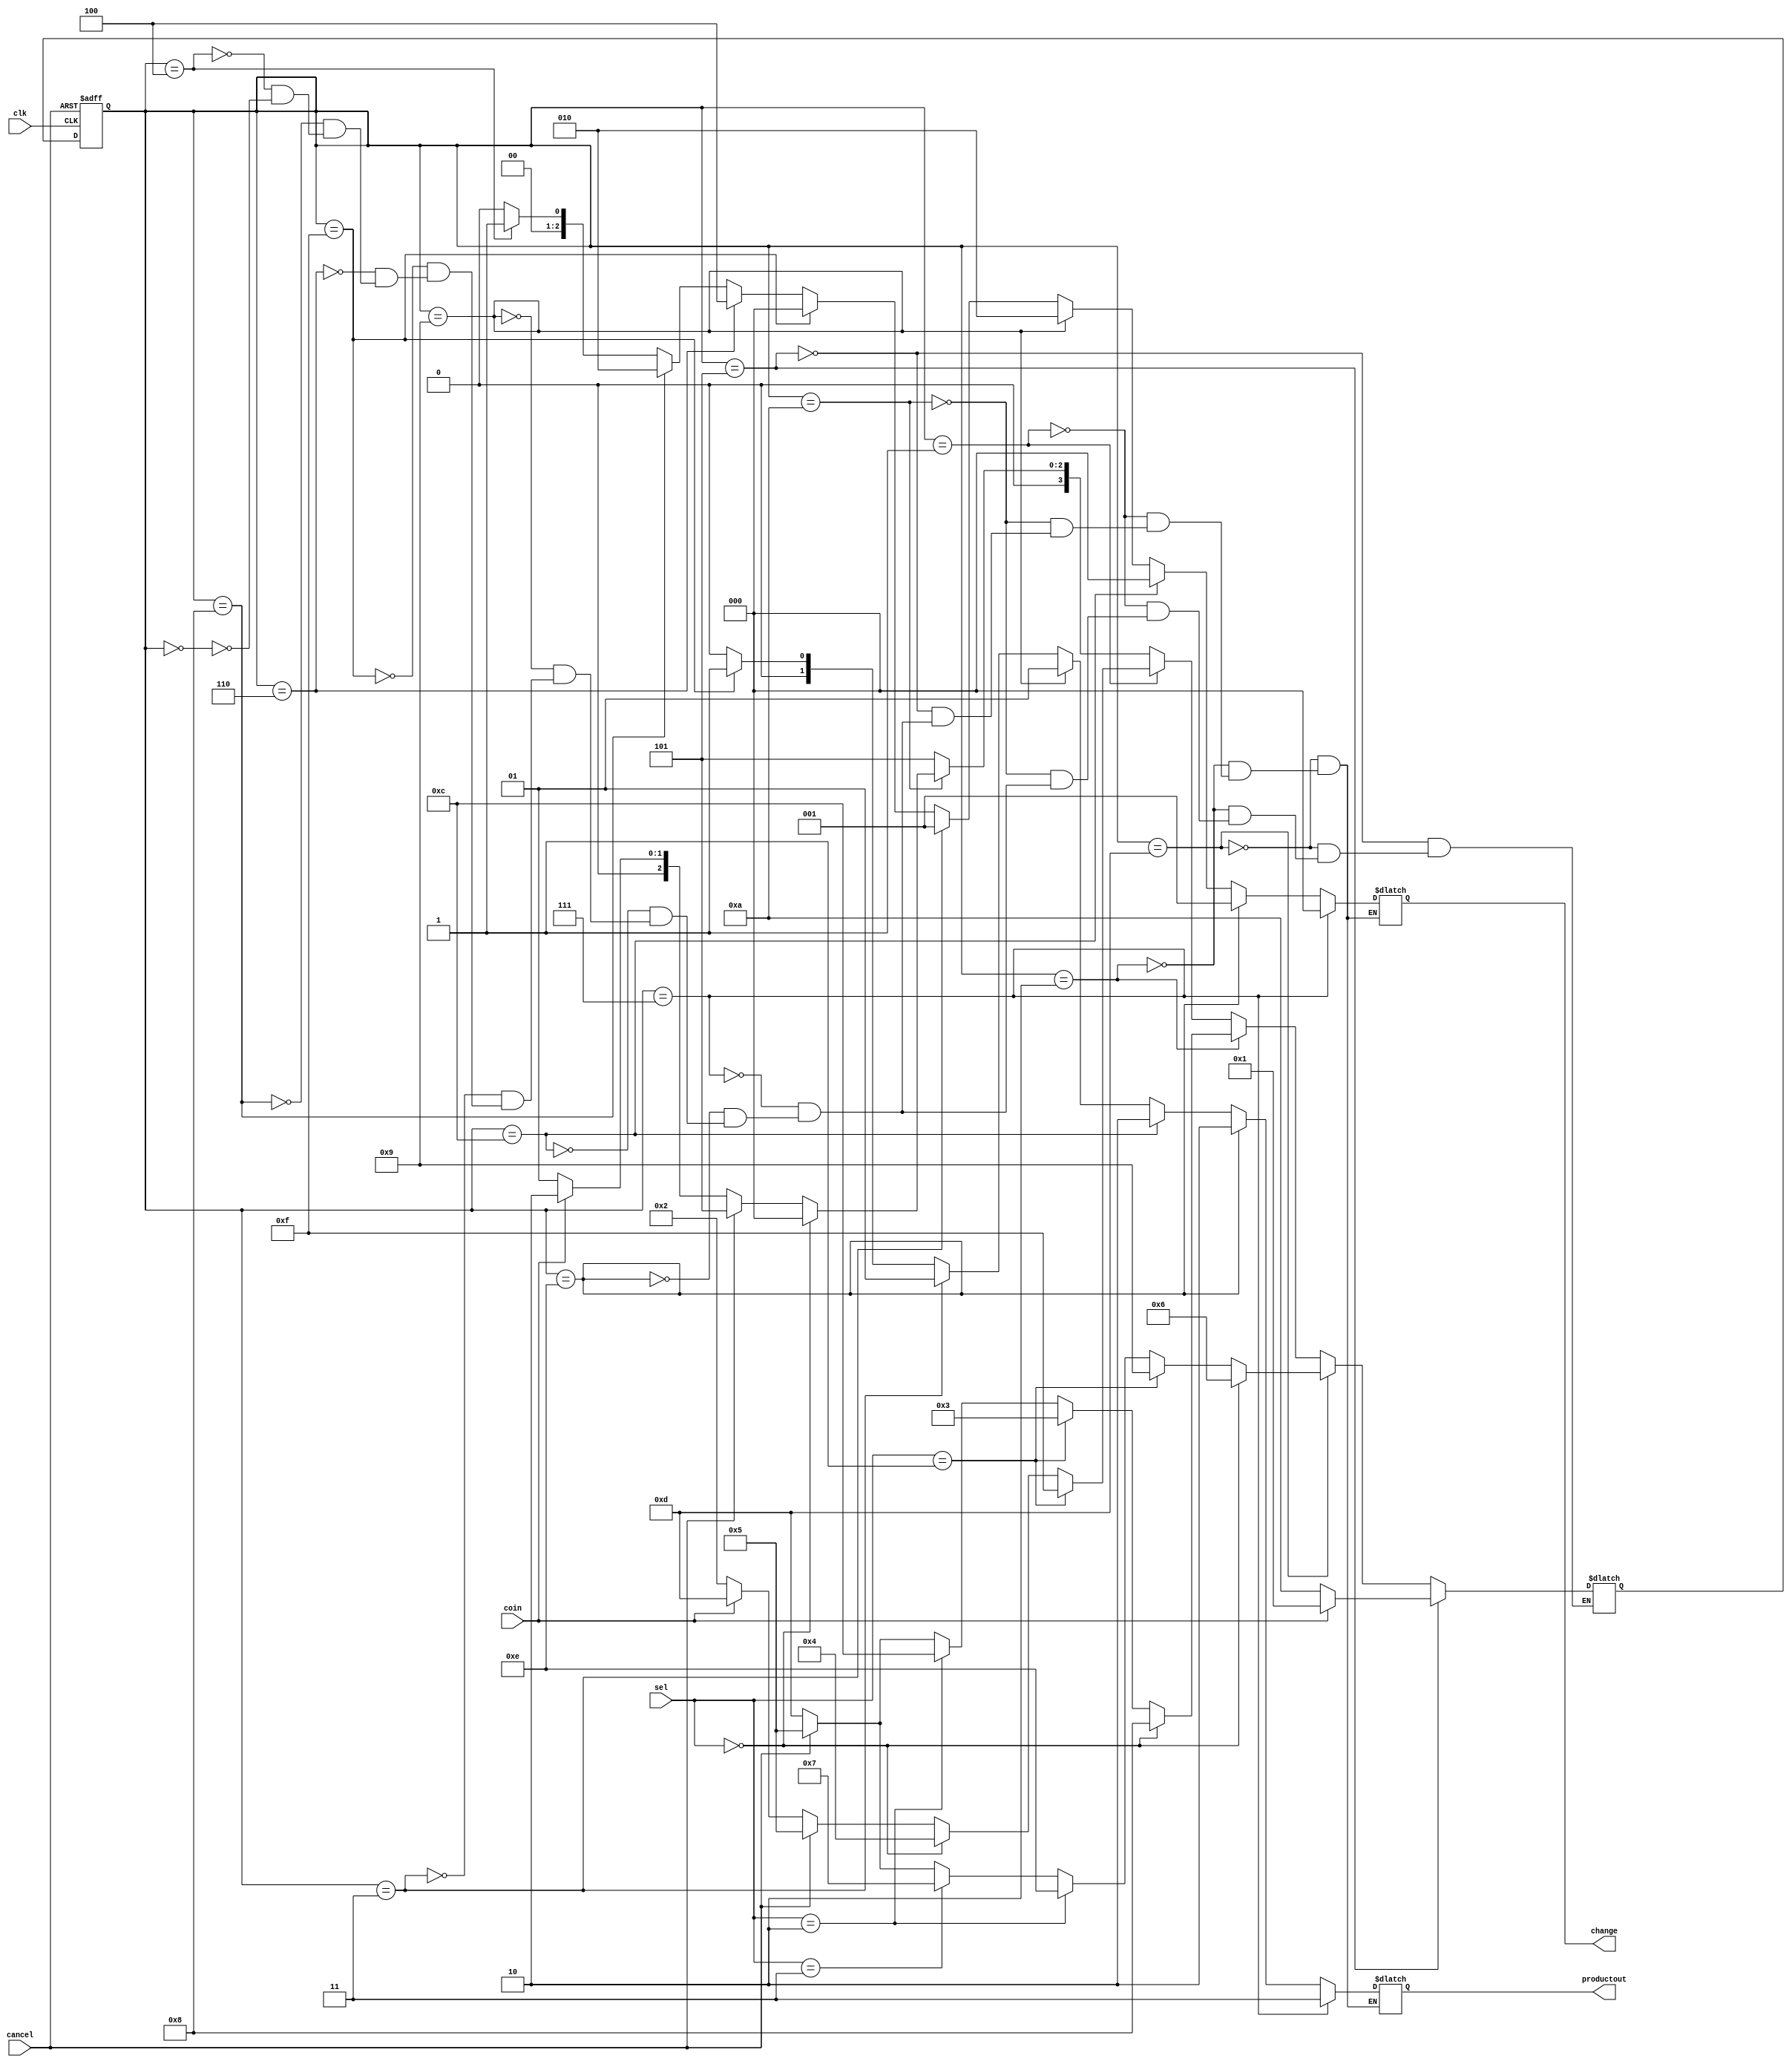
module machine(cancel,sel,productout,change,coin,clk);
input clk,cancel,coin;
input [1:0]sel;
output reg[1:0] productout;
output reg[2:0] change;

parameter change1=3'b001, change2=3'b010, change3=3'b100, nochange=3'b000;
parameter productA=2'b00, productB=2'b01, productC=2'b10, productD=2'b11;
parameter coin5=1'b0, coin10=1'b1;
parameter five=4'b1010, ten=4'b0001, fifteen=4'b0010, twenty=4'b1101;
parameter product1A=4'b0000, product1B=4'b0100, product1C=4'b1000, product1D=4'b0110,
          product2A=4'b1111, product2B=4'b0011, product2C=4'b1001, product3A=4'b1100,
          product3B=4'b1110, product4A=4'b0111, idle=4'b0101;

reg[3:0] state,next_state;

always @(posedge clk or posedge cancel)
begin
    if (cancel==1'b1)
    state<=idle;
    else
    state<=next_state;
end

//next_statelogic

always @(*)
begin
    if (state==product1A) next_state=idle;
    if (state==product1B) next_state=idle;
    if (state==product1C) next_state=idle;
    if (state==product1D) next_state=idle;
    
    if (state==product2A) next_state=idle;
    if (state==product2B) next_state=idle;
    if (state==product2C) next_state=idle;
    
    if (state==product3A) next_state=idle;
    if (state==product3B) next_state=idle;
    
    if (state==product4A) next_state=idle;
    

    if (state==five)
        begin
            if (sel==2'b00)  next_state=product1A;
            else if (cancel==1'b1) next_state=idle; 
            else if (coin==coin10) next_state=fifteen;
            else if (coin==coin5) next_state=ten; 
            else if (((coin==coin5) || (coin==coin10)) && (sel==00)) next_state=product1A;
            else next_state=five;
        end

     if (state==ten)
        begin
            if (sel==2'b01) next_state=product2A;
            else if (sel==2'b00) next_state=product1B;
            else if (cancel==1'b1) next_state=idle; 
            else if (coin==coin10) next_state=twenty;
            else if (coin==coin5) next_state=fifteen;
            else if (((coin==coin5) || (coin==coin10)) && (sel==00)) next_state=product1B;
            else if (((coin==coin5) || (coin==coin10)) && (sel==01)) next_state=product2A; 
            else next_state=ten;
        end

      if (state==fifteen)
        begin
            if (sel==2'b00) next_state=product1C;
            else if (sel==2'b01) next_state=product2B;
            else if (sel==2'b10) next_state=product3A;
            else if (cancel==1'b1) next_state=idle; 
            else if (coin==coin10) next_state=twenty;
            else if (coin==coin5) next_state=twenty;
            else if (((coin==coin5) || (coin==coin10)) && (sel==00)) next_state=product1C;
            else if (((coin==coin5) || (coin==coin10)) && (sel==01)) next_state=product2B;
            else if (((coin==coin5) || (coin==coin10)) && (sel==10)) next_state=product3A;
            else next_state=fifteen;
        end

      if (state==twenty)
        begin
            if (sel==2'b00) next_state=product1D;
            else if (sel==2'b01) next_state=product2C;
            else if (sel==2'b10) next_state=product3B;
            else if (sel==2'b11) next_state=product4A;
            else if (cancel==1'b1) next_state=idle; 
            else if (coin==coin10) next_state=twenty;
            else if (coin==coin5) next_state=twenty;
            else if (((coin==coin5) || (coin==coin10)) && (sel==00)) next_state=product1D;
            else if (((coin==coin5) || (coin==coin10)) && (sel==01)) next_state=product2C;
            else if (((coin==coin5) || (coin==coin10)) && (sel==10)) next_state=product3B;
            else if (((coin==coin5) || (coin==coin10)) && (sel==11)) next_state=product4A;
            else next_state=twenty;
        end

       if (state==idle)
        begin
            if (coin==coin5) next_state=five;
            else if (coin==coin10) next_state=ten;
            else next_state=idle;
        end
        
        
    end

///outputlogic

always @(*)
begin
        
        if (state==product1A)
        begin productout=productA; change=nochange; end
        
        if (state==product1B)
        begin productout=productA; change=change1; end
        
        if (state==product1C)
        begin productout=productA; change=change2; end
        
        if (state==product1D)
        begin productout=productA; change=change3; end  
        
        if (state==product2A)
        begin productout=productB; change=nochange; end  
        
        if (state==product2B)
        begin productout=productB; change=change1; end  
        
        if (state==product2C)
        begin productout=productB; change=change2; end  
        
        if (state==product3A)
        begin productout=productC; change=nochange; end  
        
        if (state==product3B)
        begin productout=productC; change=change1; end
        
        if (state==product4A)
        begin productout=productD; change=nochange; end
        
        if (state==idle)
        begin productout=2'bxx; change=3'bxxx; end
        
        if (state==five)
        begin productout=2'bxx; change=3'bxxx; end
        
        if (state==ten)
        begin productout=2'bxx; change=3'bxxx; end
        
        if (state==fifteen)
        begin productout=2'bxx; change=3'bxxx; end
        
        if (state==twenty)
        begin productout=2'bxx; change=3'bxxx; end
               
    end

endmodule